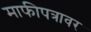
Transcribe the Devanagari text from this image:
माफीपत्रावर